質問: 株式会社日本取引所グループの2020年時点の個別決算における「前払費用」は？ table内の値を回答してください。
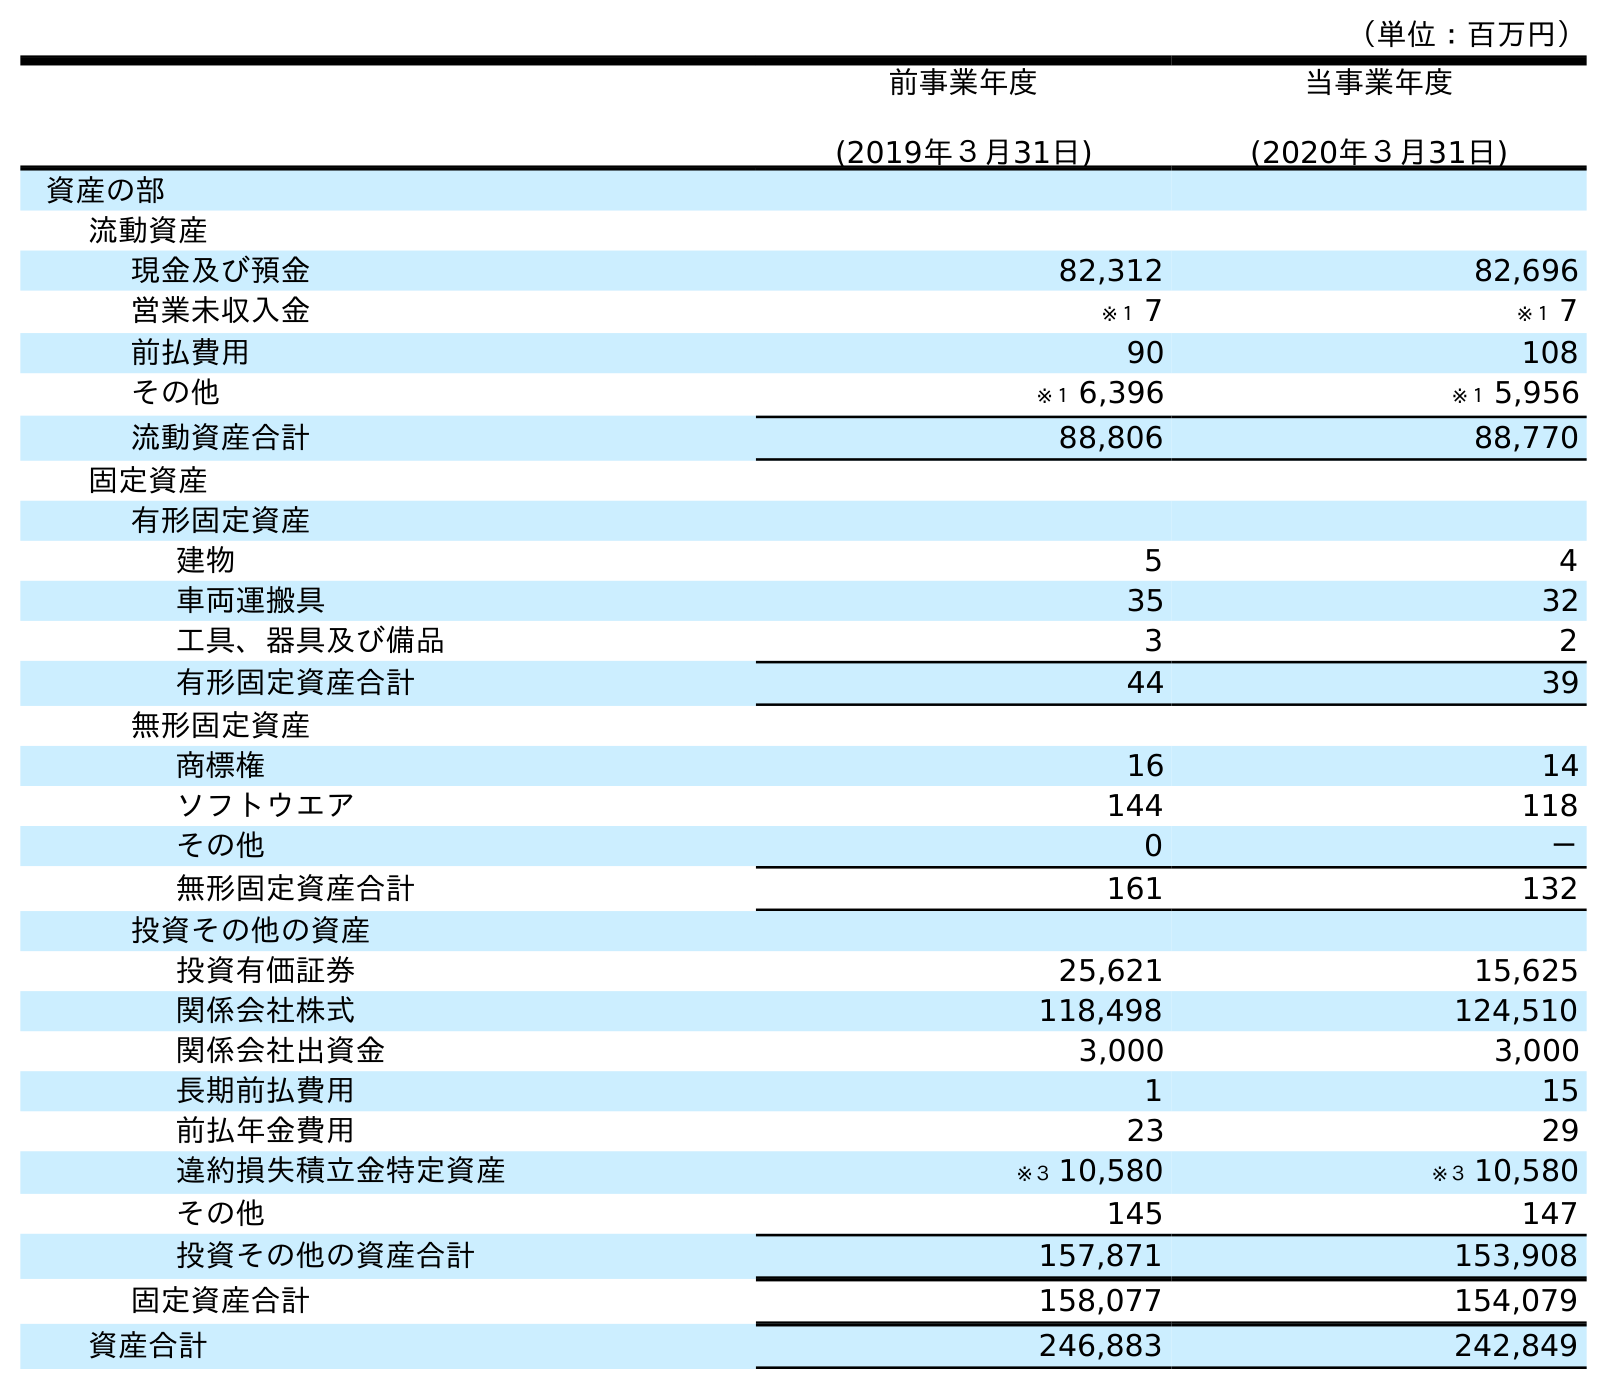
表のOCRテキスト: （単位：百万円） 前事業年度 (2019年３月31日) 当事業年度 (2020年３月31日) 資産の部 流動資産 現金及び預金 82,312 82,696 営業未収入金 ※１ 7 ※１ 7 前払費用 90 108 その他 ※１ 6,396 ※１ 5,956 流動資産合計 88,806 88,770 固定資産 有形固定資産 建物 5 4 車両運搬具 35 32 工具、器具及び備品 3 2 有形固定資産合計 44 39 無形固定資産 商標権 16 14 ソフトウエア 144 118 その他 0 － 無形固定資産合計 161 132 投資その他の資産 投資有価証券 25,621 15,625 関係会社株式 118,498 124,510 関係会社出資金 3,000 3,000 長期前払費用 1 15 前払年金費用 23 29 違約損失積立金特定資産 ※３ 10,580 ※３ 10,580 その他 145 147 投資その他の資産合計 157,871 153,908 固定資産合計 158,077 154,079 資産合計 246,883 242,849
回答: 108